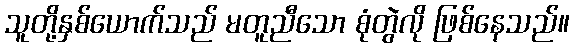
သူတို့နှစ်ယောက်သည် မတူညီသော စုံတွဲလို ဖြစ်နေသည်။